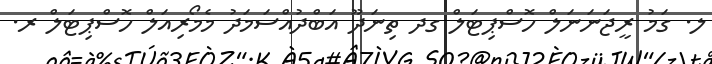
ލ. ގަމު ރީޖަނަނަލް ހޮސްޕިޓަލް ގދ ތިނަދޫ އަބްދުއްސަމަދު މެމޯރިއަލް ހޮސްޕިޓަލް ރ.